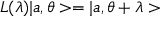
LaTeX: L ( \lambda ) | a , \theta > = | a , \theta + \lambda >